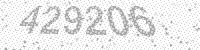
Solution: 429206